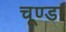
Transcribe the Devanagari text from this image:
चूण्डा